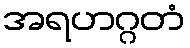
အရဟဂ္ဂတံ